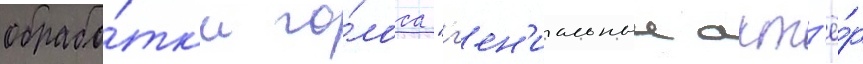
обрабо́тк'и го́лоса "г'ен'иальныи акт'ё́р